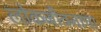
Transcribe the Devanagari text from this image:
लोकजीवनाचा